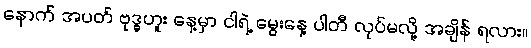
နောက် အပတ် ဗုဒ္ဓဟူး နေ့မှာ ငါရဲ့ မွေးနေ့ ပါတီ လုပ်မလို့ အချိန် ရလား။